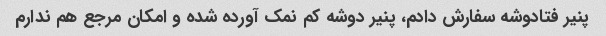
پنیر فتادوشه سفارش دادم، پنیر دوشه کم نمک آورده شده و امکان مرجع هم ندارم